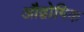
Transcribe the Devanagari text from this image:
औद्वोगिक